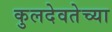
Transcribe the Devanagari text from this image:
कुलदेवतेच्या